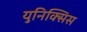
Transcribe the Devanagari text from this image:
युनिक्सिस